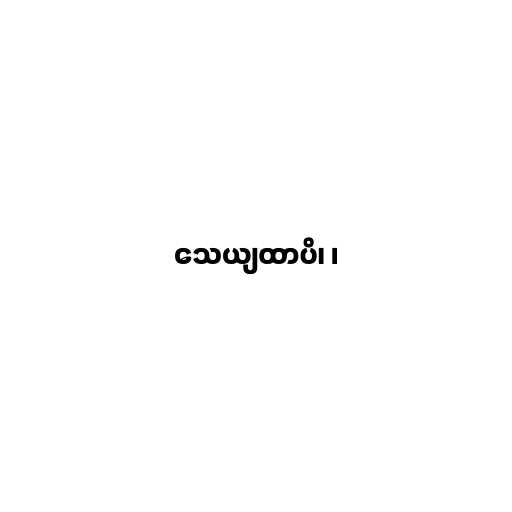
သေယျထာပိ၊ ၊